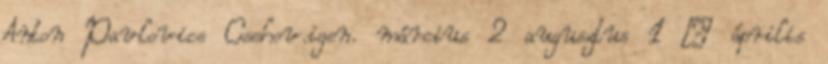
Anton Pavlovics Csehov.igen. március 2 augusztus 1 ▼ április